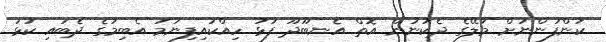
ކުންފުންނަށް މާލޭގެ ދެކުނުން އޮތް އެނބޫދޫ ފަޅު ހިއްކައިފިނަމަ އެބިމުގެ ދެބައި ކުޅަ